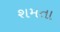
શમતા